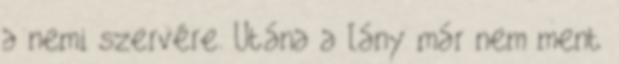
a nemi szervére. Utána a lány már nem ment